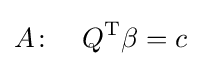
A\colon \quad Q^{\operatorname {T} }\beta =c